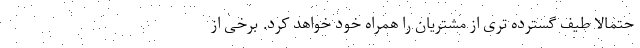
حتمالا طیف گسترده تری از مشتریان را همراه خود خواهد کرد. برخی از